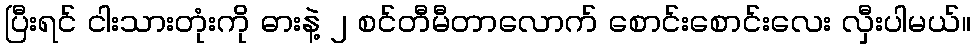
ပြီးရင် ငါးသားတုံးကို ဓားနဲ့ ၂ စင်တီမီတာလောက် စောင်းစောင်းလေး လှီးပါမယ်။